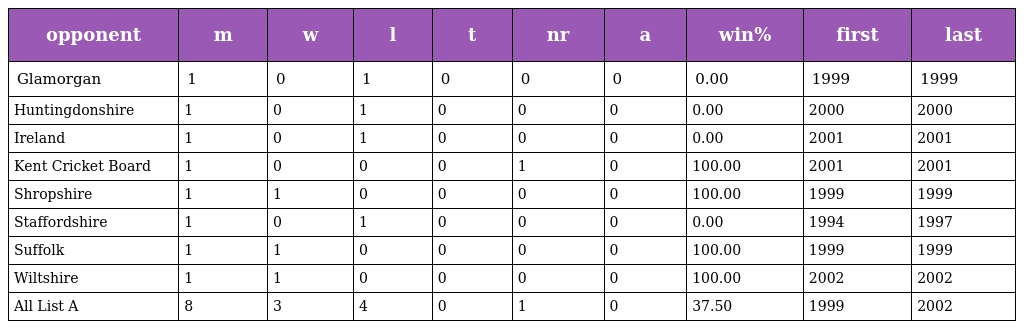
| opponent | m | w | l | t | nr | a | win% | first | last |
 | --- | --- | --- | --- | --- | --- | --- | --- | --- | --- |
 | Glamorgan | 1 | 0 | 1 | 0 | 0 | 0 | 0.00 | 1999 | 1999 |
 | Huntingdonshire | 1 | 0 | 1 | 0 | 0 | 0 | 0.00 | 2000 | 2000 |
 | Ireland | 1 | 0 | 1 | 0 | 0 | 0 | 0.00 | 2001 | 2001 |
 | Kent Cricket Board | 1 | 0 | 0 | 0 | 1 | 0 | 100.00 | 2001 | 2001 |
 | Shropshire | 1 | 1 | 0 | 0 | 0 | 0 | 100.00 | 1999 | 1999 |
 | Staffordshire | 1 | 0 | 1 | 0 | 0 | 0 | 0.00 | 1994 | 1997 |
 | Suffolk | 1 | 1 | 0 | 0 | 0 | 0 | 100.00 | 1999 | 1999 |
 | Wiltshire | 1 | 1 | 0 | 0 | 0 | 0 | 100.00 | 2002 | 2002 |
 | All List A | 8 | 3 | 4 | 0 | 1 | 0 | 37.50 | 1999 | 2002 |